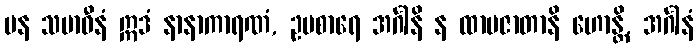
ပန သမာဓီနံ ဣဒံ နာနာကာရဏံ, ဥပစာရေ အင်္ဂါနိ န ထာမဇာတာနိ ဟောန္တိ, အင်္ဂါနံ